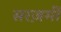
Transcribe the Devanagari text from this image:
सरज़मीं